Report on horse surra - Volume I
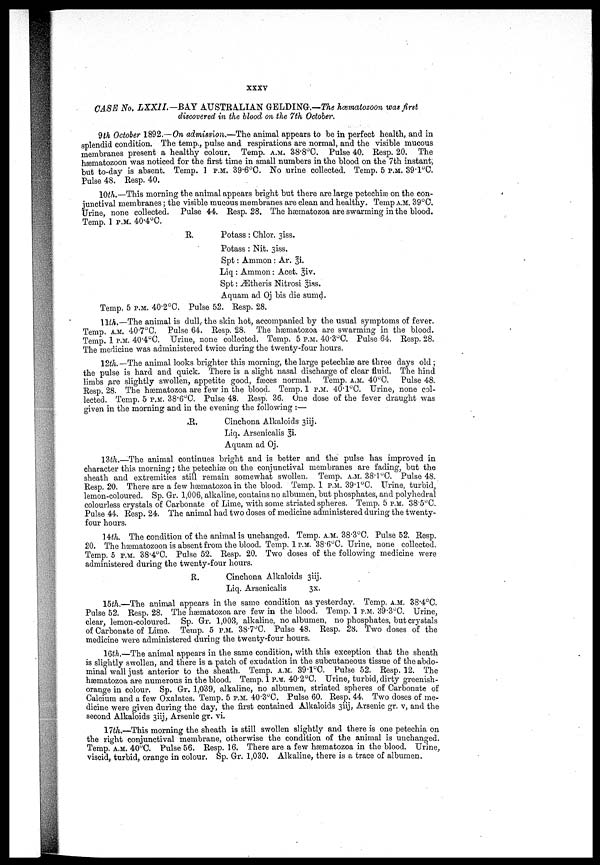
XXXY
CASE No. LXXII.—BAY AUSTRALIAN GELDING-.—The hæatozoon was first
discovered in the blood on the 7th October,
9th October 1892.—On admission,—The animal appears to be in perfect health, and in
splendid condition, The temp.,pulse and respirations are normal, and the visible mucous
membranes present a healthy colour. Temp. A.M. 38.8°C. Pulse 40. Resp. 20. The
hæmatozoon was noticed for the first time in small numbers in the Mood on the 7th instant,
but to-day is absent. Temp, 1 P.M. 89.6°C. NO urine collected. Temp. 5 P.M. 39.l°C.
Pulse 48. Resp. 40.
100.—This morning the animal appears bright but there are large petechiæ on the con-
junctival membranes; the visible mucous membranes are clean and healthy. Temp A.M. 39°C.
Urine, none collected. Pulse 44. Resp. 28, The hæmatozoa are swarming in the blood.
Temp. 1 P.M. 40.4°C.
R.
Potass : Chlor. 3iss.
Potass: Nit. 3iss.
Spt : Amnion: Ar. p.
Liq : Amnion: Acet. 3iv.
Spt: Ætheris Nitrosi 3iss,
Aquam ad Oj bis die sumd.
Temp. 5 P.M. 40.2°C. Pulse 52. Resp. 28,
11th.—The animal is dull„ the skin hot, accompanied by the usual symptoms of fever.
Temp. A.M. 40.7°C. Pulse 64. Resp. 28. The hæmatozoa are swarming in the blood.
Temp. 1 P.M. 40.4°C. Urine, none collected. Temp. 5 P.M. 40.3°C. Pulse 64. Resp. 28.
The medicine was administered twice during the twenty-four hours.
12th.— The animal looks brighter this morning, the large petechiæ are three days old;
the pulse is hard and quick. There is a slight nasal discharge of clear fluid, The hind
limbs are slightly swollen, appetite good, fæces normal. Temp. A.M. 40°C. Pulse 48.
Resp. 28. The hæmatozoa are few in the blood. Temp, 1 P.M. 40.l°C. Urine, none col-
lected. Temp, 5 P.M. 38.6°C. Pulse 48. Resp. 36. One dose of the fever draught was
given in the morning and in the evening the following :—
R.
Cinchona Alkaloids 3iij.
Liq, Arsenicalis 3i.
Aquam ad Oj.
13th.—The animal continues bright and is better and the pulse has improved in
character this morning; the petechiæ on the conjunctival membranes are fading, but the
sheath and extremities still remain somewhat swollen. Temp. A.M. 38.1°C. Pulse 48.
Resp. 20. There are a few hæmatozoa in the blood. Temp. 1 P.M. 39.1°C. Urine, turbid,
lemon-coloured, Sp. Gr. 1,006, alkaline, contains no albumen, but phosphates, and polyhedral
colourless crystals of Carbonate of Lime, with some striated spheres. Temp. 5 P.M. 38.5°C.
Pulse 44. R.esp, 24. The animal had two doses of medicine administered during the twenty-
four hours.
14th The condition of the animal is unchanged. Temp. A.M. 38.3°C. Pulse 52. Resp.
20. The hæmatozoon is absent from the blood. Temp. 1 P.M. 38.6°C. Urine, none collected.
Temp. 5 P.M. 38.4°C. Pulse 52. Resp. 20, Two doses of the following medicine were
administered during the twenty-four hours,
E.
Cinchona Alkaloids 3iij.
Liq. Arsenicalis
3x,
15th,—The animal appears in the same condition as yesterday. Temp. A.M. 38.4°C.
Pulse 52. Resp. 28. The hæmatozoa are few in the blood. Temp. 1 P.M. 39.3°C. Urine,
clear, lemon-coloured. Sp. Gr. 1,003, alkaline, no albumen, no phosphates, but crystals
of Carbonate of Lime. Temp, 5 P.M. 38.7°C. Pulse 48, Resp. 28. Two doses of the
medicine were administered during the twenty-four hours.
16th.—-The animal appears in the same condition, with this exception that the sheath
is slightly swollen, and there is a patch of exudation in the subcutaneous tissue of the abdo-
minal wall just anterior to the sheath. Temp. A.M. 39.1°C. Pulse 52. Resp. 12. The
hæmatozoa are numerous in the Mood. Temp. 1 P.M. 40.2°C. Urine, turbid, dirty greenish-
orange in colour. Sp. Gr, 1,039, alkaline, no albumen, striated spheres of Carbonate of
Calcium and a few Oxalates. Temp. 5 P.M. 40.3°C. Pulse 60. Resp 44. Two doses of me-
dicine were given during the day, the first contained Alkaloids 3iij, Arsenic gr. v, and the
second Alkaloids 3iij, Arsenic gr. vi.
17th.—This morning the sheath is still swollen slightly and there is one petechia on
the right conjunctival membrane, otherwise the condition of the animal is unchanged.
Temp. A.M. 40.°C. Pulse 56. Resp. 16. There are a few hæmatozoa in the blood. Urine,
viscid, turbid, orange in colour, Sp. Gr. 1,030. Alkaline, there is a trace of albumen.